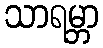
သာရမ္ဘာ